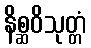
နိစ္ဆဝိသုတ္တံ